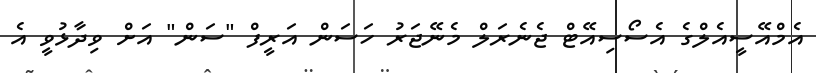
އެމްއޭސީއެލްގެ އެސޯސިއޭޓް ޖެނެރަލް މެނޭޖަރު ހަސަން އަރީފް "ސަން" އަށް ވިދާޅުވީ އެ